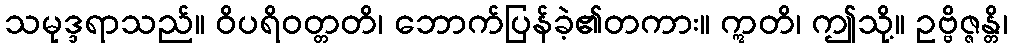
သမုဒ္ဒရာသည်။ ဝိပရိဝတ္တတိ၊ ဘောက်ပြန်ခဲ့၏တကား။ ဣတိ၊ ဤသို့။ ဥဗ္ဗိဇ္ဇန္တိ၊